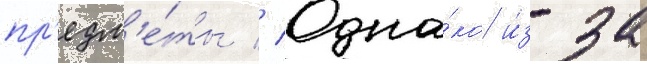
пр'едм'е́ты // Одна́ко и́з-за